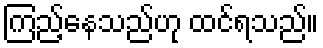
ကြည့်နေသည်ဟု ထင်ရသည်။